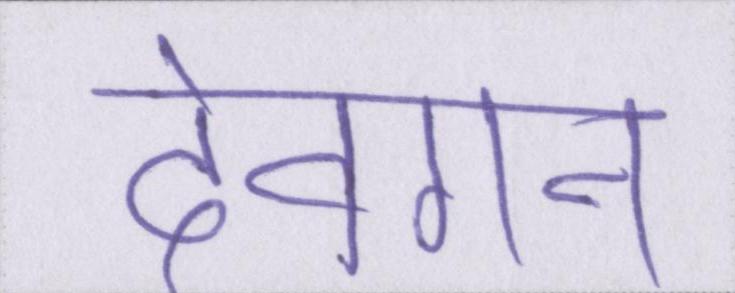
देवगन